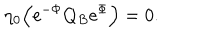
\eta _ { 0 } \Bigl ( \mathrm { e } ^ { - \Phi } Q _ { B } \mathrm { e } ^ { \Phi } \Bigr ) = 0 .